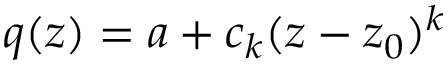
q ( z ) = a + c _ { k } ( z - z _ { 0 } ) ^ { k }